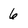
Character: 6